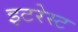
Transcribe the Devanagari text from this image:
इटरेस्‍ट